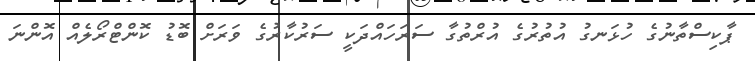
ޕާކިސްތާނުގެ ހުޅަނގު އުތުރުގެ އުރްތުގާ ސަރަހައްދަކީ ސަރުކާރުގެ ވަރަށް ބޮޑު ކޮންޓްރޯލެއް އޮންނަ